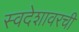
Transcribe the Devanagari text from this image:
स्वदेशावरची